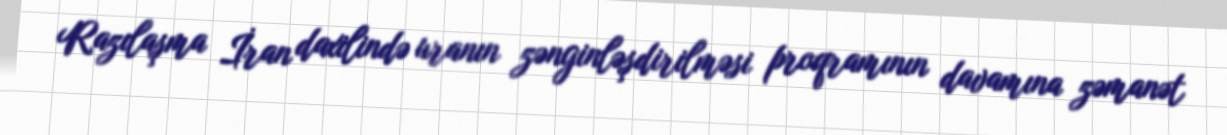
Razılaşma İran daxilində uranın zənginləşdirilməsi proqramının davamına zəmanət